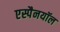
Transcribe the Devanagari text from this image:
एस्पैनयॉल